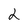
Character: 2